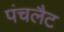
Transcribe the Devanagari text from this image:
पंचलैट